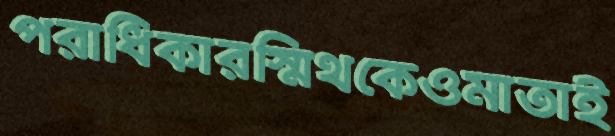
পরাধিকারস্মিথকেওমাতাই